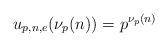
LaTeX: \begin{align*} u_{p,n,e} (\nu_p(n)) &= p^{\nu_p(n)}\end{align*}